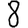
Digit: 8